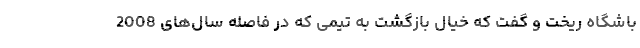
باشگاه ریخت و گفت که خیال بازگشت به تیمی که در فاصله سال‌های 2008